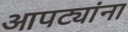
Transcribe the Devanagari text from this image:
आपट्यांना